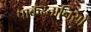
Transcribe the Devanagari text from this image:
पाकस्तानियों